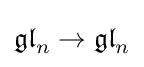
{\mathfrak {gl}}_{n}\to {\mathfrak {gl}}_{n}